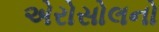
એરોસોલનો